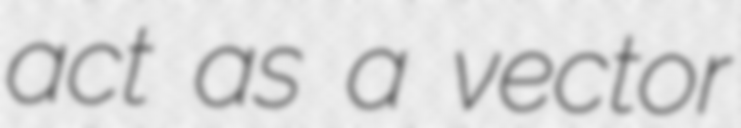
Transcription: act as a vector